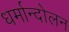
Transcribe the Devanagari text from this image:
धर्मान्दोलन